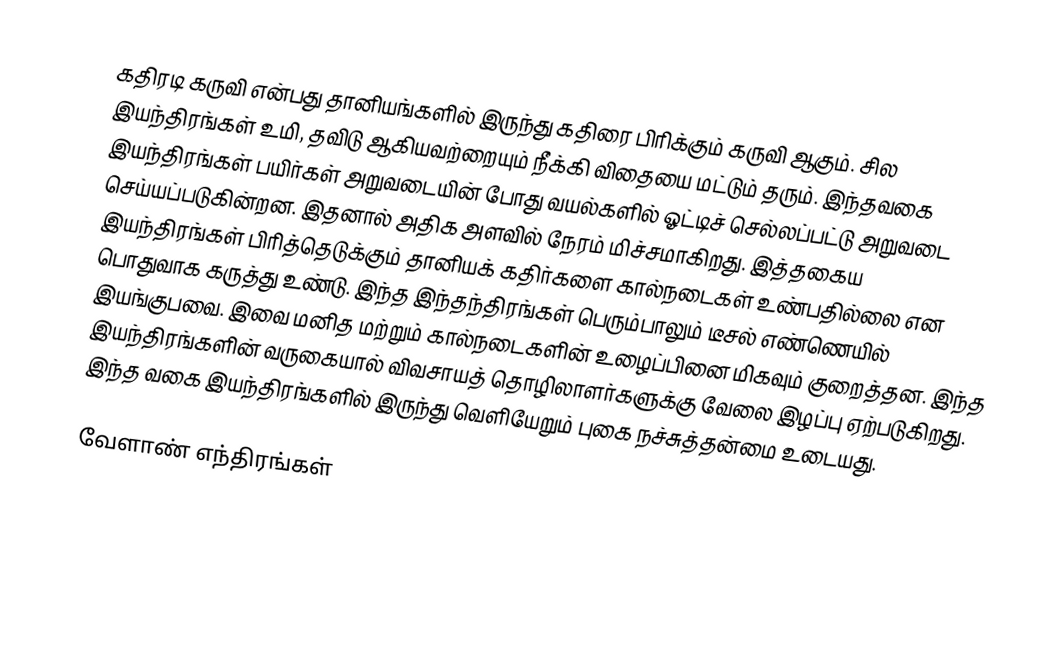
கதிரடி கருவி என்பது தானியங்களில் இருந்து கதிரை பிரிக்கும் கருவி ஆகும். சில இயந்திரங்கள் உமி, தவிடு ஆகியவற்றையும் நீக்கி விதையை மட்டும் தரும். இந்தவகை இயந்திரங்கள் பயிர்கள் அறுவடையின் போது வயல்களில் ஓட்டிச் செல்லப்பட்டு அறுவடை செய்யப்படுகின்றன. இதனால் அதிக அளவில் நேரம் மிச்சமாகிறது. இத்தகைய இயந்திரங்கள் பிரித்தெடுக்கும் தானியக் கதிர்களை கால்நடைகள் உண்பதில்லை என பொதுவாக கருத்து உண்டு. இந்த இந்தந்திரங்கள் பெரும்பாலும் டீசல் எண்ணெயில் இயங்குபவை. இவை மனித மற்றும் கால்நடைகளின் உழைப்பினை மிகவும் குறைத்தன. இந்த இயந்திரங்களின் வருகையால் விவசாயத் தொழிலாளர்களுக்கு வேலை இழப்பு ஏற்படுகிறது. இந்த வகை இயந்திரங்களில் இருந்து வெளியேறும் புகை நச்சுத்தன்மை உடையது.

வேளாண் எந்திரங்கள்